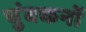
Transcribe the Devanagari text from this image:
चुंबकनों